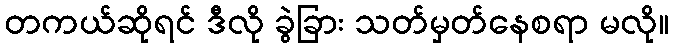
တကယ်ဆိုရင် ဒီလို ခွဲခြား သတ်မှတ်နေစရာ မလို။